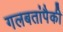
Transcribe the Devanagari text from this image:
गलबतांपैकी